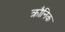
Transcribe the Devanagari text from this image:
क्रौनिक